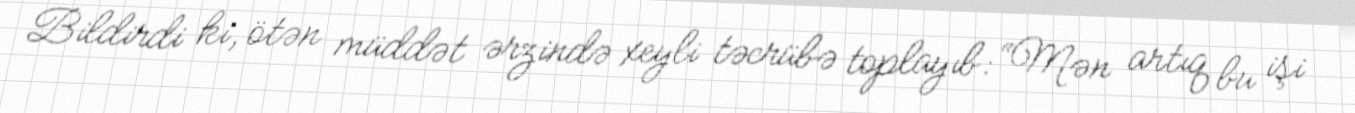
Bildirdi ki, ötən müddət ərzində xeyli təcrübə toplayıb: “Mən artıq bu işi